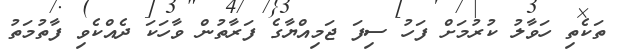
ތަކެތި ހަވާލު ކުރުމަށް ފަހު ސިފަ ޖަމިއްޔާގެ ފަރާތުން ވާހަކަ ދެއްކެވި ފާތުމަތު